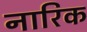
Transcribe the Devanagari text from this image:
नारिक